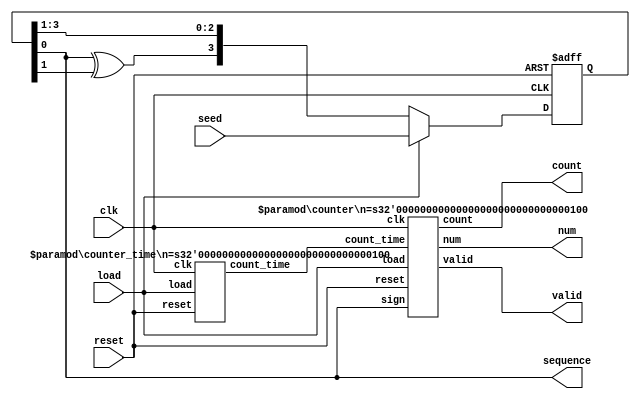
module Nbit_PRPG(//   Nbit_PRPG
seed,
reset, 
load, 
clk, 
count, 
num, 
sequence, 
valid);
  parameter n = 4;//parameter n default : 4bits
  input [n-1:0] seed;
  input reset, load, clk;
  output [n-1:0] count, num;
  output sequence, valid;
  
  reg nextbit;//state_out msb  shift  nextbit
  reg [n-1:0] state_out;
  wire [n-1:0] state_in;
  wire [n-1:0] count_time;
  
  counter_time #(.n(4)) nbit_counter_time(clk, reset, load, count_time);
  //counter_time(clk, reset, load, count_time)
  counter #(.n(4)) nbit_mycounter(sequence, clk, reset, load, count_time, count, num, valid);
  //counter(sign, clk, reset, load, count_time, count, num, valid)
  
  always @ (posedge clk or posedge reset) begin//clk 1  reset 1  
    if(reset) state_out <= 0;//reset 1 state_out 0
    else state_out <= state_in;//reset 10 state_out state_in 
  end
  
  always @ (state_out) begin
    case(n)//parpameter n   case 
      4: nextbit = state_out[0] ^ state_out[1];//n 4  nextbit
      8: nextbit = state_out[0] ^ state_out[2] ^ state_out[3] ^ state_out[5];//n 8  nextbit
      16: nextbit = state_out[0] ^ state_out[4] ^ state_out[9] ^ state_out[14];//n 16  nextbit
      32: nextbit = state_out[0] ^ state_out[10] ^ state_out[30] ^ state_out[31];//n 32  nextbit
      default: nextbit = 1'bx;//  unknown 
    endcase
  end
  
  assign state_in = load ? seed: {nextbit, state_out[n-1:1]};//load 1 state_in seed, load 0 state_in {nextbit, state_out[n-1:1]}
  assign sequence = state_out[0];//sequenc flipflop output state_out lsb
endmodule

  

module counter_time(clk, reset, load, count_time);//0 (2^n - 1)  count  counter_time
  parameter n = 4;//parameter n default : 4bits
  input load, clk, reset;//1bit input load, clk, reset
  output reg [n-1:0] count_time;//nbit output count_time
  
  always@ (posedge clk or posedge reset) begin//clk 1  reset 1  
   if(reset) count_time <= 0;//reset 1 count_time 0
   else begin//reset 0
     if(load) count_time <= 0;//load 1  count_time 0
     else begin//load 0 
       if(count_time == 2**n -1) count_time <= 0;//count_time (2^n - 1) count_time 0
       else count_time <= count_time + 1;//count_time (2^n - 1)  count_time 1 
     end//else //if(!load)
   end//else //if(!reset)
  end//always
endmodule
  
  
 
module counter(sign, clk, reset, load, count_time, count, num, valid);//  1     counter
  parameter n = 4;//parameter n default : 4bits
  input sign, clk, reset, load;
  input [n-1:0] count_time;
  output reg valid;
  output reg [n-1:0] count, num;
  
  always @(posedge clk or posedge reset) begin//clk 1  reset 1  
    if(reset) begin count <= 0; num <= 0; valid <= 1'b0; end//reset 1 count, num, valid  0
    else begin//reset 0 
      if(load) begin count <= 0; num <= 0; valid <= 1'b0; end//load 1 count, num, valid  0
      else begin//load 0
        if(count_time < 2**n-1) begin//count_time (2^n - 1) 
          num <= 0;//num 0
          count <= sign ? (count+1) : count;//count sign 1 1 , 0 
          valid <= 1'b0;//valid 0
        end//if(count_time < 2**n-1)
        else begin//count_time (2^n - 1) ,  (2^n - 1)
          num <= count;//num count  
          count <= 0;//count 0 
          valid <= 1'b1;//valid 1
        end//else //if(count_time >= 2**n-1)
      end//else //if(!load)
    end//else //if(!reset)
  end//always
endmodule